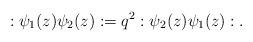
LaTeX: \begin{align*}:\psi_1(z) \psi_2(z): = q^2 : \psi_2(z) \psi_1(z):.\end{align*}